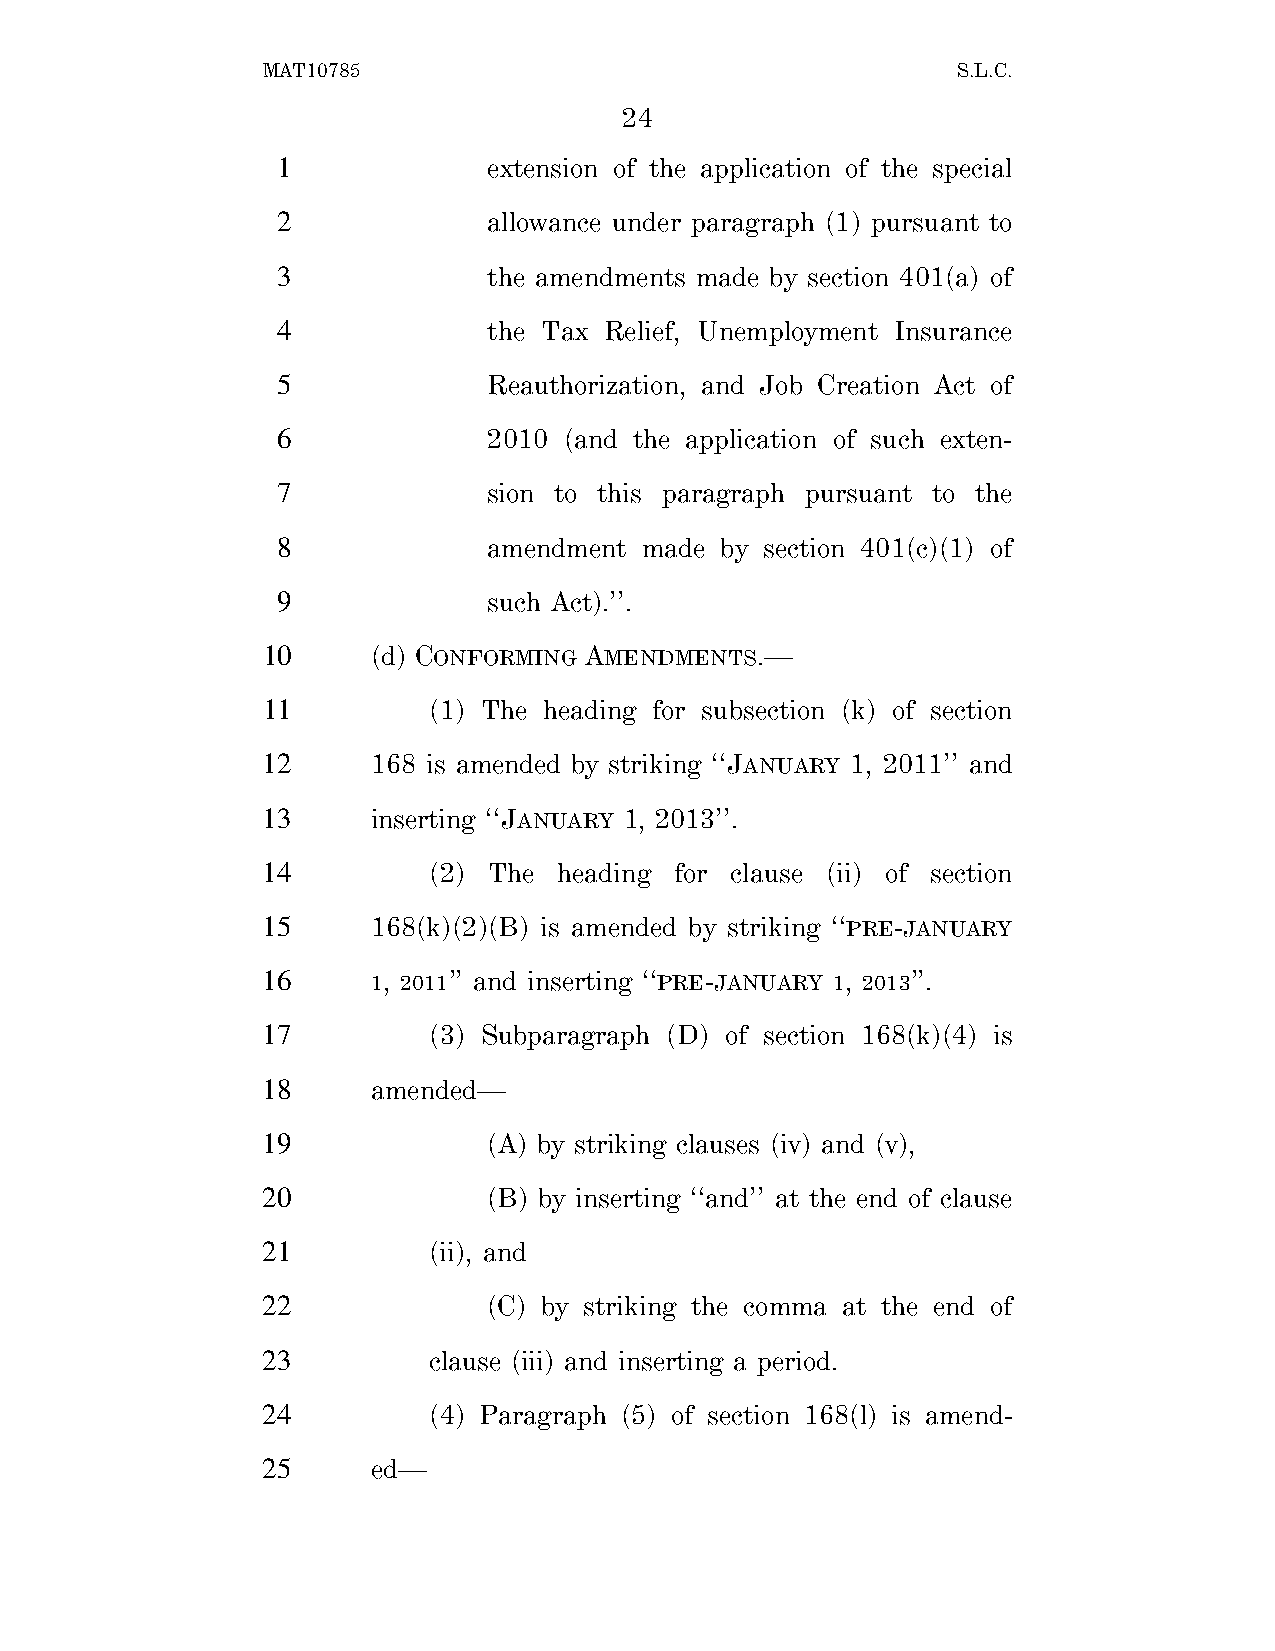
MAT10785                                      S.L.C.
 24
 1             extension of the application of the special
 2             allowance under paragraph (1) pursuant to
 3             the amendments made by section 401(a) of
 4             the Tax Relief, Unemployment Insurance
 5             Reauthorization, and Job Creation Act of
 6             2010 (and the application of such exten-
 7             sion to this paragraph pursuant to the
 8             amendment made  by section 401(c)(1) of
 9             such Act).’’.
 10      (d) CONFORMING AMENDMENTS.—
 11         (1) The heading for subsection (k) of section
 12      168 is amended by striking ‘‘JANUARY 1, 2011’’ and
 13      inserting ‘‘JANUARY 1, 2013’’.
 14         (2) The  heading for clause (ii) of section
 15      168(k)(2)(B) is amended by striking ‘‘PRE-JANUARY
 16      1, 2011’’ and inserting ‘‘PRE-JANUARY 1, 2013’’.
 17         (3) Subparagraph (D) of section 168(k)(4) is
 18      amended—
 19             (A) by striking clauses (iv) and (v),
 20             (B) by inserting ‘‘and’’ at the end of clause
 21         (ii), and
 22             (C) by striking the comma at the end of
 23         clause (iii) and inserting a period.
 24         (4) Paragraph (5) of section 168(l) is amend-
 25      ed—